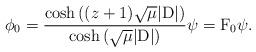
LaTeX: \begin{align*} \phi_0 = \dfrac{\cosh{((z+1)\sqrt{\mu}|\mathrm{D}|)}}{\cosh{(\sqrt{\mu}|\mathrm{D}|)}}\psi = \mathrm{F}_0 \psi. \end{align*}